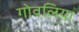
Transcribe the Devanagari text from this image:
गोवलिया